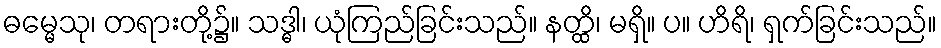
ဓမ္မေသု၊ တရားတို့၌။ သဒ္ဓါ၊ ယုံကြည်ခြင်းသည်။ နတ္ထိ၊ မရှိ။ ပ။ ဟိရိ၊ ရှက်ခြင်းသည်။